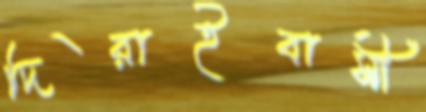
দিরাইবাসী